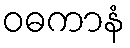
ဝဓကာနံ